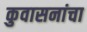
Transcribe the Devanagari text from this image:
कुवासनांचा